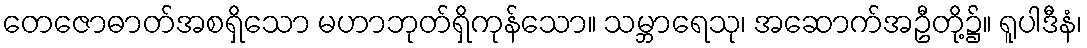
တေဇောဓာတ်အစရှိသော မဟာဘုတ်ရှိကုန်သော။ သမ္ဘာရေသု၊ အဆောက်အဦတို့၌။ ရူပါဒီနံ၊